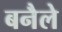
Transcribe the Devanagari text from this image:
बनैले